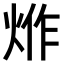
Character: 𤉔